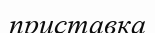
приставка